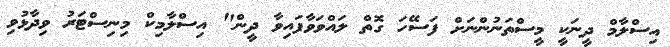
އިސްލާމް ދީނަކީ މީސްތަނުންނަށް ފަސޭހަ ގޮތް ލައްވަވާފައިވާ ދީން" އިސްލާމިކް މިނިސްޓަރު ވިދާޅުވި